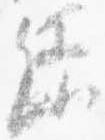
緑